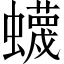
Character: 蠛